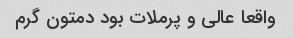
واقعا عالی و پرملات بود دمتون گرم